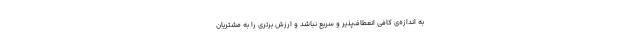
به اندازه‌ی کافی انعطاف‌پذیر و سریع نباشد و ارزش برتری را به مشتریان